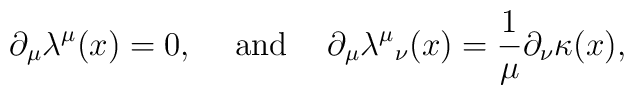
\partial_{\mu} \lambda^{\mu}(x) = 0,  \hspace{0.2in} {\rm and}\hspace{0.2in}  \partial_{\mu}{\lambda^{\mu}}_{\nu}(x)= \frac{1}{\mu}\partial_{\nu} \kappa(x),